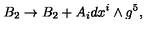
B _ { 2 } \rightarrow B _ { 2 } + A _ { i } d x ^ { i } \wedge g ^ { 5 } ,